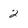
Character: 2